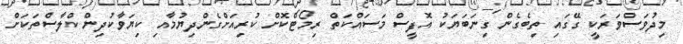
މިދުވަސްވަރަކީ ގޭގައި ތިބެގެން ގިނަބަޔަކު އޮފީސް މަސައްކަތް ރިމޯޓްކޮށް ކުރިއަށްގެންދިޔުމާއި ކިޔަވާކުދިން ކްލާސްތަކަށް